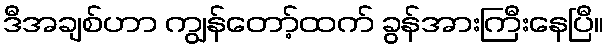
ဒီအချစ်ဟာ ကျွန်တော့်ထက် ခွန်အားကြီးနေပြီ။